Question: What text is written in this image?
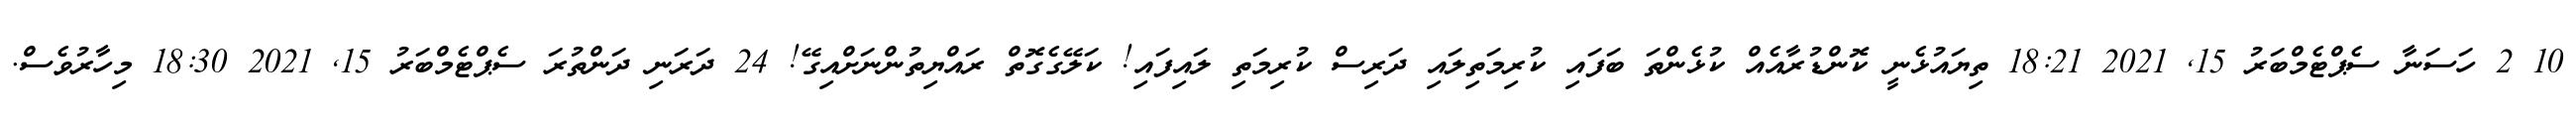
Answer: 10 2 ހަސަނާ ސެޕްޓެމްބަރު 15, 2021 18:21 ތިޔައުޅެނީ ކޮންޑުރާއެއް ކުޅެންތަ ބަފައި ކުރިމަތިލައި ދަރިސް ކުރިމަތި ލައިފައި! ކަލޭގެގޮތް ރައްޔިތުންނަށްއިގޭ! 24 ދަރަނި ދަންތުރަ ސެޕްޓެމްބަރު 15, 2021 18:30 މިހާރުވެސް.